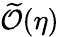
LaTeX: \widetilde{\cal O}(\eta)